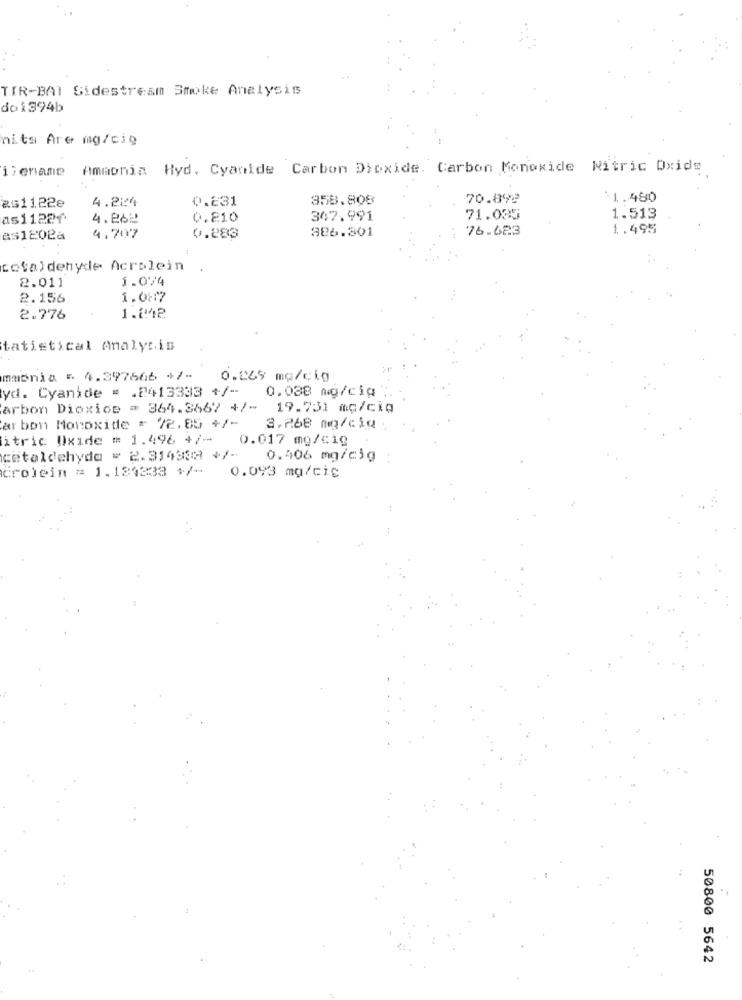
TIR-BAI Sidestream Smoke Analysis
do1394b
nits Are mg/cie
i; enamte
Ammonia Hyd. Cyanide Carbon Dioxide. Carbon Monoxide Nitric Oxide
2s1122e
4.224
0.231
358.808
70.892
$1.480
as1122f
4.862
0.210
347.991
71.005
1.513
326.301
76.623
1.495
851202a
4.707
0.283
total dehyde Acrolein
1.074
2.011
2.156
1.087
2.776
1.242
tatistical Analysis
mmdnia = 4.397666 +/- 0.269 mg/cig
yd. Cyanide = . 2413333 +/-
0.038 mg/cia
arbon Dioxice = 364.3867 +/- 19.731 mc/cio
ar bon Monoxide = /2.85 +/-
3.268 mg/cig
itric Oxide = 1.496 +/-
0.017 mg/cig
cetaldehyde = 2.314338 +/-
0.406 mg/cig
. .
crolein = 1.124333 +/- 0.093 mg/cie
50800 5642